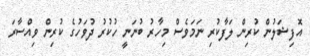
އޮފިޝަލުން ކުރިން ލަފާކުރި ނަމަވެސް މިހާރު ބުނަނީ ހުކުރު ދުވަހުގެ ކުރިން ވިއްސާރަ